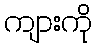
ကျားကို